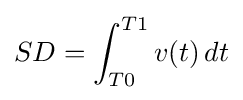
SD=\int _{T0}^{T1}v(t)\,dt